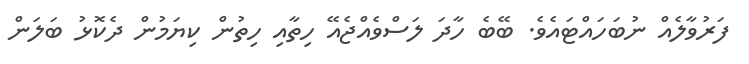
ފަރުވާލެއް ނުބަހައްޓައެވެ. ބޭބެ ހާދަ ލަސްވެއްޖެއޭ ހިތާއި ހިތުން ކިޔަމުން ދެކޮޅު ބަލަން